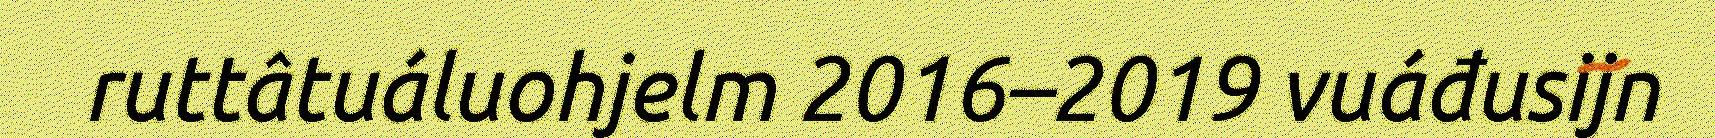
ruttâtuáluohjelm 2016–2019 vuáđusijn